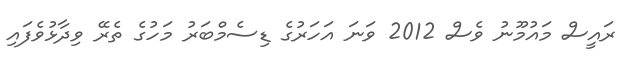
ރައީސް މައުމޫނު ވެސް 2012 ވަނަ އަހަރުގެ ޑިސެމްބަރު މަހުގެ ތެރޭ ވިދާޅުވެފައި